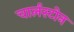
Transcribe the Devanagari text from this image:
चार्लस्टोन